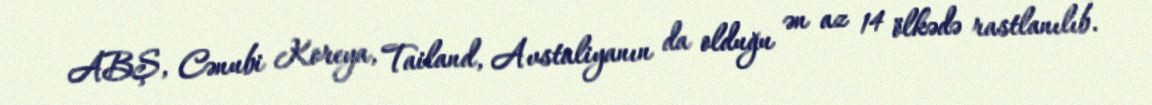
ABŞ, Cənubi Koreya, Tailand, Avstaliyanın da olduğu ən az 14 ölkədə rastlanılıb.